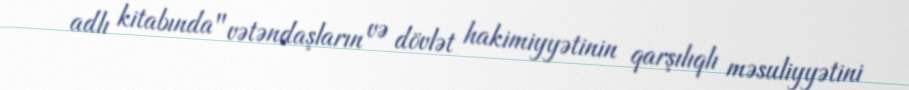
adlı kitabında "vətəndaşların və dövlət hakimiyyətinin qarşılıqlı məsuliyyətini